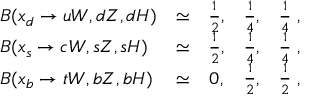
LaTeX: \begin{array} { l c c c c } { { B ( x _ { d } \to u W , d Z , d H ) } } & { { \simeq } } & { { { \frac { 1 } { 2 } } , } } & { { { \frac { 1 } { 4 } } , } } & { { { \frac { 1 } { 4 } } \; , } } \\ { { B ( x _ { s } \to c W , s Z , s H ) } } & { { \simeq } } & { { { \frac { 1 } { 2 } } , } } & { { { \frac { 1 } { 4 } } , } } & { { { \frac { 1 } { 4 } } \; , } } \\ { { B ( x _ { b } \to t W , b Z , b H ) } } & { { \simeq } } & { { 0 , } } & { { { \frac { 1 } { 2 } } , } } & { { { \frac { 1 } { 2 } } \; , } } \end{array}